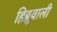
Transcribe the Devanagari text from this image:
हिब्रूवाली